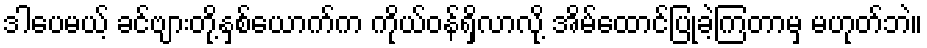
ဒါပေမယ့် ခင်ဗျားတို့နှစ်ယောက်က ကိုယ်ဝန်ရှိလာလို့ အိမ်ထောင်ပြုခဲ့ကြတာမှ မဟုတ်ဘဲ။